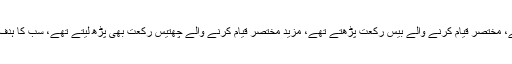
نماز میں طویل قیام کرنے والے آٹھ رکعت پڑھتے تھے، مختصر قیام کرنے والے بیس رکعت پڑھتے تھے، مزید مختصر قیام کرنے والے چھتیس رکعت بھی پڑھ لیتے تھے، سب کا ہدف ایک ہوتا تھا کہ رات کا بڑا حصہ عبادت میں گزرے۔